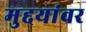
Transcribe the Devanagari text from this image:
मुद्दयांवर